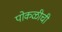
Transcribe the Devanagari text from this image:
पोकळीची